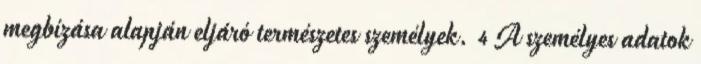
megbízása alapján eljáró természetes személyek. 4 A személyes adatok